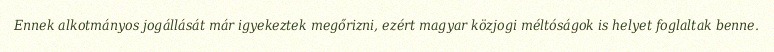
Ennek alkotmányos jogállását már igyekeztek megőrizni, ezért magyar közjogi méltóságok is helyet foglaltak benne.